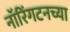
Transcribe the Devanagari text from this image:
नॉरिंगटनच्या